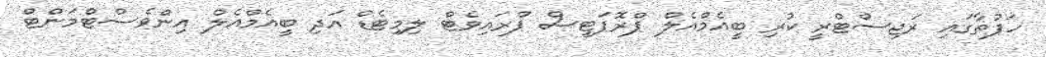
ހަފުތާގައި ރަޖިސްޓްރީ ކުރި ބީއެމްއެލް ޕްރޮޕަޓީސް ޕްރައިވެޓް ލިމިޓެޑް އަދި ބީއެމްއެލް އިންވެސްޓްމަންޓް